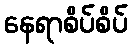
နေရာစိပ်စိပ်